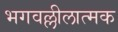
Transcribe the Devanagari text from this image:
भगवल्लीलात्मक